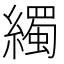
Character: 𦆂